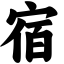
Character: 宿